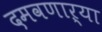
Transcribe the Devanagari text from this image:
दमवणाऱ्या